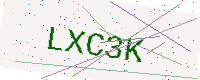
Text: LXC3K